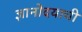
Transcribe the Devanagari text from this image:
ज्ञानोदयाची